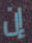
إن